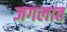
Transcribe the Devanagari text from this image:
जगलात